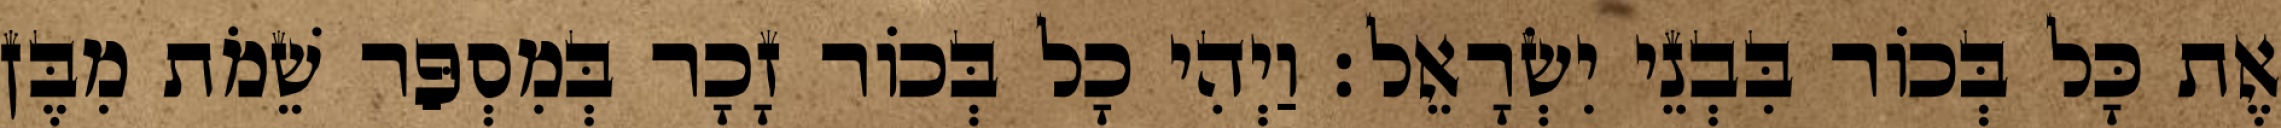
אֶת כָּל בְּכוֹר בִּבְנֵי יִשְׂרָאֵל׃ וַיְהִי כָל בְּכוֹר זָכָר בְּמִסְפַּר שֵׁמֹת מִבֶּן